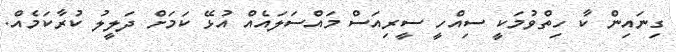
ގިނައިން ކާ ހިތްވުމަކީ ސިއްހީ ސީރިއަސް މައްސަލައެއް އުޅޭ ކަމަށް ދަލީލު ކުރާކަމެއް.